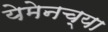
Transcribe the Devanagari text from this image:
येमेनच्या